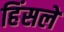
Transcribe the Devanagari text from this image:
हिंसले